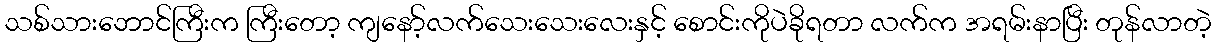
သစ်သားဘောင်ကြီးက ကြီးတော့ ကျနော့်လက်သေးသေးလေးနှင့် စောင်းကိုပဲခိုရတာ လက်က အရမ်းနာပြီး တုန်လာတဲ့